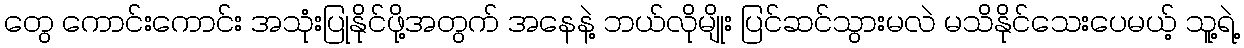
တွေ ကောင်းကောင်း အသုံးပြုနိုင်ဖို့အတွက် အနေနဲ့ ဘယ်လိုမျိုး ပြင်ဆင်သွားမလဲ မသိနိုင်သေးပေမယ့် သူ့ရဲ့